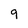
Character: 9